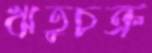
ঋতুচক্র